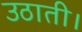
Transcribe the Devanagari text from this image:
उठाती।